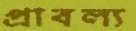
প্রাবল্য